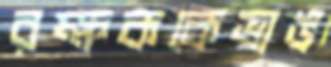
রক্ষককেভাঙ